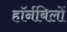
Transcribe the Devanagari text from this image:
हॉर्नबिलों